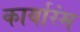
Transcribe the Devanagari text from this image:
कार्यारंम